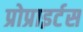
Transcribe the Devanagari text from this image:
प्रोप्राइर्टस